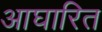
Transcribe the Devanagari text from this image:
आघारित